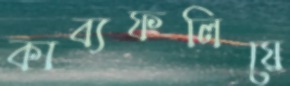
কাব্যফলিয়ে